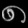
Digit: ၈